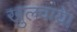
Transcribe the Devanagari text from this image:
खुलवाये।